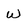
Character: W